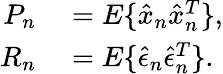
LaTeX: \begin{array}{rl}{P_{n}}&{{}=E\{ \hat{x}_{n}\hat{x}_{n}^{T}\} ,}\\ {R_{n}}&{{}=E\{ \hat{\epsilon}_{n}\hat{\epsilon}_{n}^{T}\} .}\end{array}